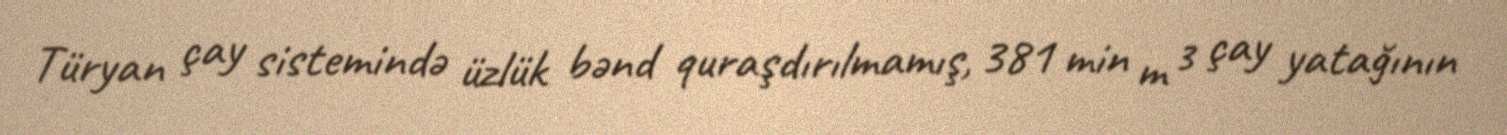
Türyan çay sistemində üzlük bənd quraşdırılmamış, 381 min m³ çay yatağının